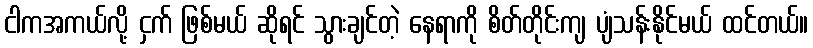
ငါကအကယ်လို့ ငှက် ဖြစ်မယ် ဆိုရင် သွားချင်တဲ့ နေရာကို စိတ်တိုင်းကျ ပျံသန်းနိုင်မယ် ထင်တယ်။